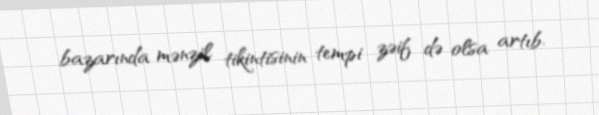
bazarında mənzil tikintisinin tempi zəif də olsa artıb.